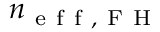
n _ { \mathrm { ~ e ~ f ~ f ~ , ~ F ~ H ~ } }